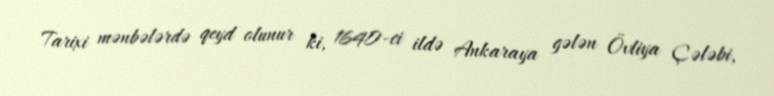
Tarixi mənbələrdə qeyd olunur ki, 1640-ci ildə Ankaraya gələn Övliya Çələbi,